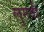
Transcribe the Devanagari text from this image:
लुगवी